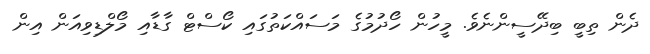
ދެން ތިބީ ބިދޭސީންނެވެ. މީހުން ހޯދުމުގެ މަސައްކަތުގައި ކޯސްޓް ގާޑާއި މޯލްޑިވިއަން އިން